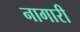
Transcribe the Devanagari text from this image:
नागारी